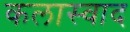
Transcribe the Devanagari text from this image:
कलास्वाद